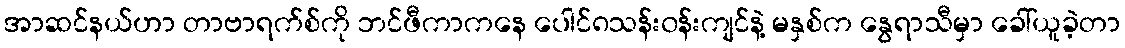
အာဆင်နယ်ဟာ တာဗာရက်စ်ကို ဘင်ဖီကာကနေ ပေါင်၈သန်း၀န်းကျင်နဲ့ မနှစ်က နွေရာသီမှာ ခေါ်ယူခဲ့တာ